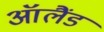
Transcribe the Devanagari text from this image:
ऑलैंड